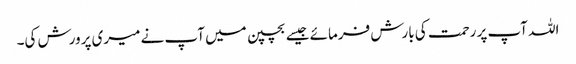
اللہ آپ پر رحمت کی بارش فرمائے جیسے بچپن میں آپ نے میری پرورش کی۔